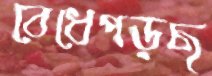
বেধেপড়ছ